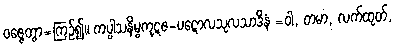
ဝဇ္ဇေတွာ=ကြဉ်၍။ ကပ္ပါသနိမ္ဗကုဋဇ-ပဋောလသုလသာဒိနံ =ဝါ, တမာ, လက်ထုတ်,